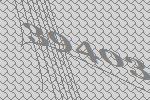
39403